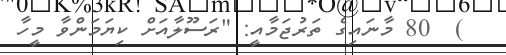
)  80 މާނައިގެ ތަރުޖަމާއީ: "ރަސޫލާއަށް ކިޔަމަންވާ މީހާ